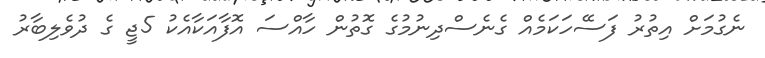
ނެގުމަށް އިތުރު ފަސޭހަކަމެއް ގެނެސްދިނުމުގެ ގޮތުން ހާއްސަ އޮފާއަކާއެކު 5ޖީ ގެ ދުވެލިބާރު